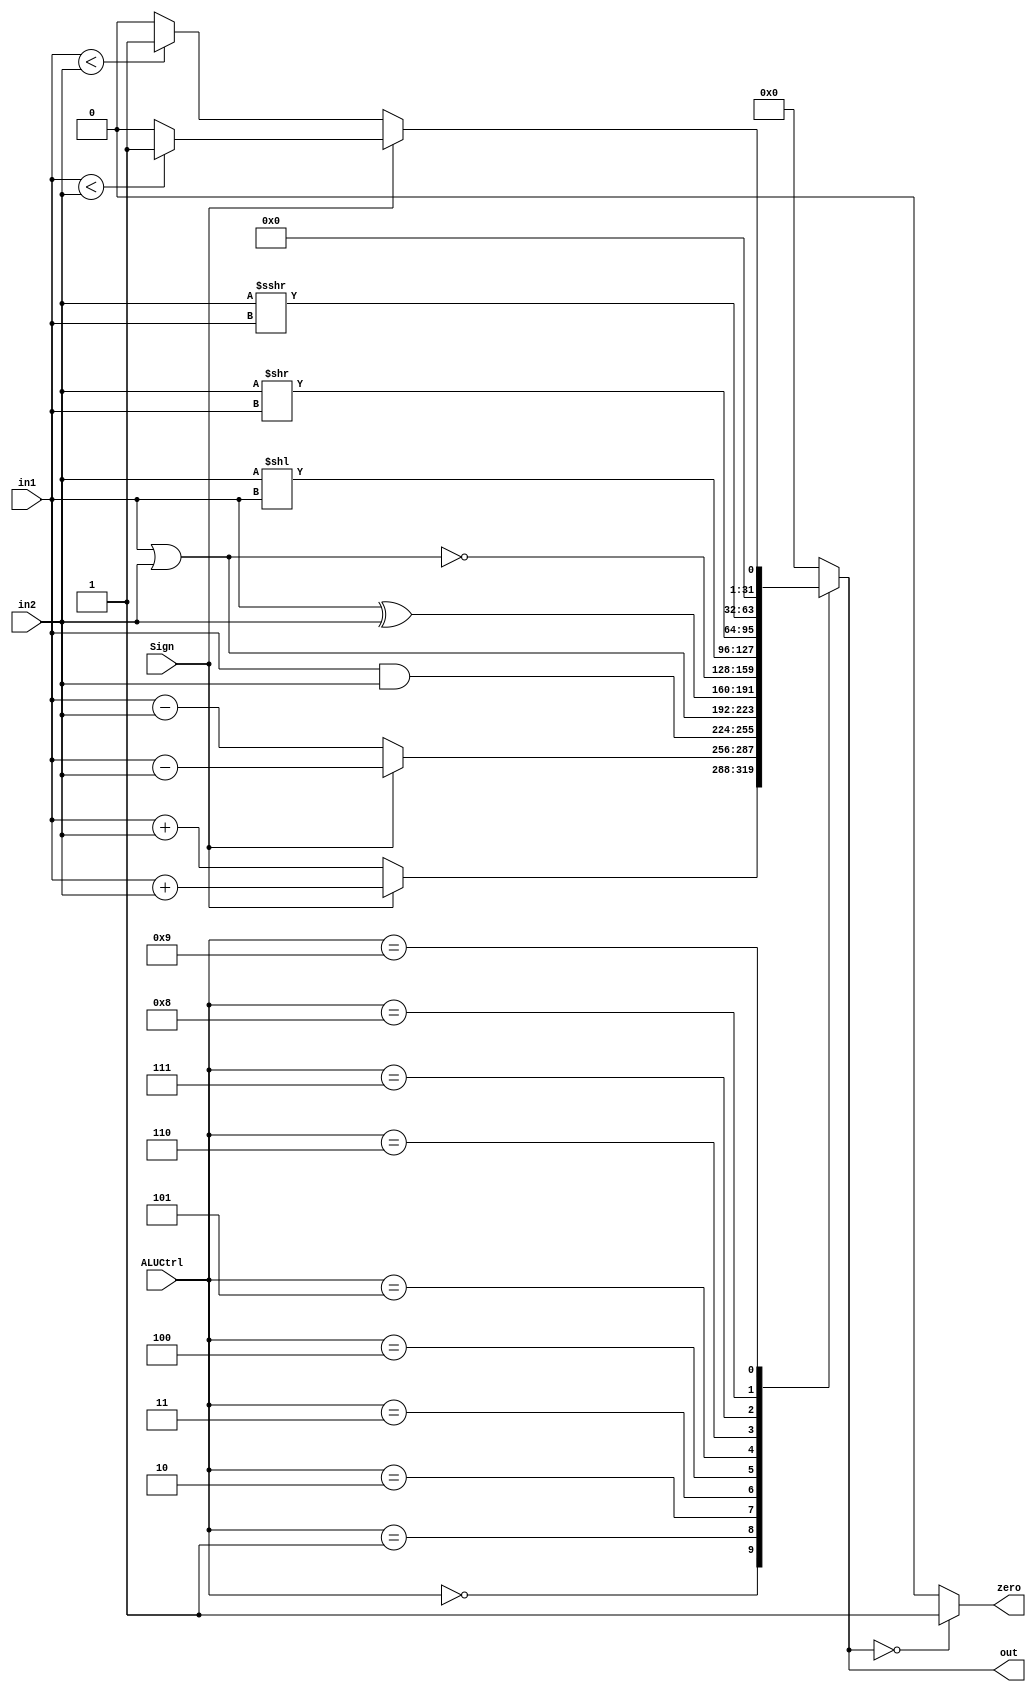
module ALU(input [4:0]ALUCtrl,
           input Sign,
           input [31:0] in1,
           input [31:0] in2,
           output reg [31:0] out,
           output zero
);
assign zero=(out==32'b0)?1'b1 : 1'b0;
always @(*) begin
    case(ALUCtrl)
    //
    5'b00000:if(Sign==1'b1) begin 
             out=$signed(in1)+$signed(in2);
             end
             else begin
             out=in1+in2;
             end
    //
    5'b00001:if(Sign==1'b1) begin 
             out=$signed(in1)-$signed(in2);
             end
             else begin
             out=in1-in2;
             end
    //?
    5'b00010:begin 
             out=in1&in2;
             end
    //?
    5'b00011:begin 
             out=in1|in2;
             end
    //
    5'b00100:begin 
             out=in1^in2;
             end
    //
    5'b00101:begin 
             out=~(in1|in2);
             end
    //
    5'b00110:begin 
             out=in2<<in1;
             end
    //
    5'b00111:begin 
             out=in2>>in1;
             end
    //
    5'b01000:begin 
             out=($signed(in2))>>>in1;
             end
    //slt,sltu,slti,sltiu
    5'b01001:begin
                    if(Sign==1'b1) begin 
                    out=($signed(in1)<$signed(in2))?32'b1:32'b0;
                    end
                    else begin
                    out=(in1<in2)?32'b1:32'b0;
                    end
                 end
        default:begin
                out=32'b0;
                end
        
    endcase
end
endmodule